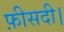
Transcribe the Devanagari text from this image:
फ़ीसदी।